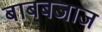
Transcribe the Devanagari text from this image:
बाबबजाज